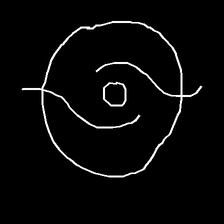
Glyph: repetition